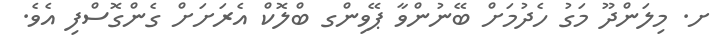
ށ. މިލަންދޫ މަގު ހެދުމަށް ބޭނުންވާ ޕޭވިންގ ބްލޮކް އެރަށަށް ގެންގޮސްފި އެވެ.